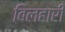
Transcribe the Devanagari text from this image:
बिलहारी